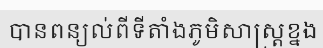
បានពន្យល់ពីទីតាំងភូមិសាស្ត្រខ្នង